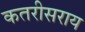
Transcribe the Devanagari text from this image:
कतरीसराय